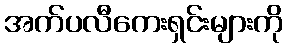
အက်ပလီကေးရှင်းများကို